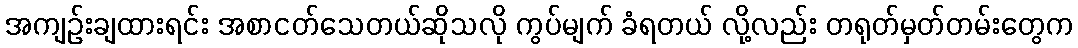
အကျဉ်းချထားရင်း အစာငတ်သေတယ်ဆိုသလို ကွပ်မျက် ခံရတယ် လို့လည်း တရုတ်မှတ်တမ်းတွေက